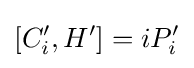
[C'_{i},H']=iP'_{i}\,\!